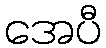
အေပီ